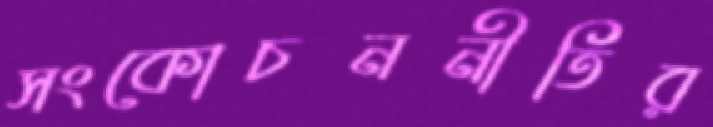
সংকোচননীতির